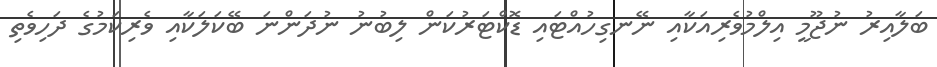
ބަލާއިރު ނުޖޫމީ އިލްމުވެރިއަކާއި ނޭނގިހުއްޓައި ޑޮކްޓަރުކަން ލިބުނު ނުދަންނަ ބޭކަލަކާއި ވެރިކަމުގެ ދަހިވެތި